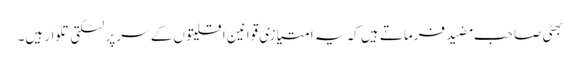
بھٹی صاحب مضید فرماتے ہیں کہ یہ امتیازی قوانین اقلیتوں کے سر پر لٹکتی تلوار ہیں۔